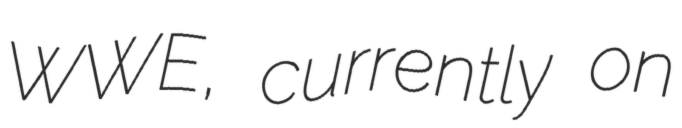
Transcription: WWE, currently on